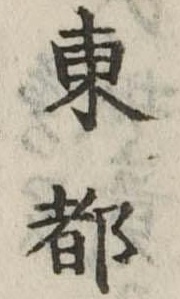
東都